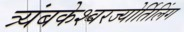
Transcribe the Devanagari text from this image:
त्र्यंबकेश्‍वरज्योर्तिलिंग